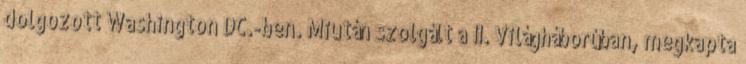
dolgozott Washington DC.-ben. Miután szolgált a II. Világháborúban, megkapta